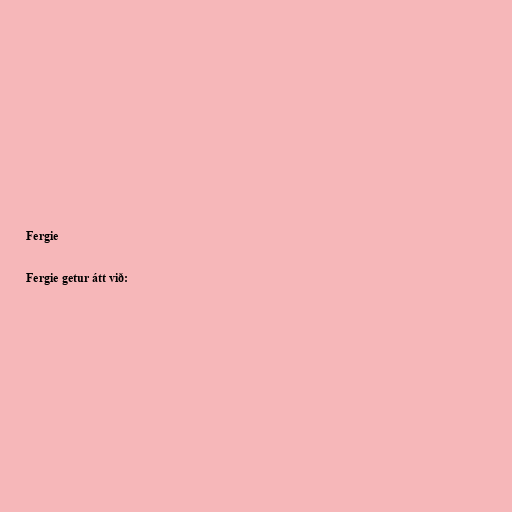
Fergie

Fergie getur átt við: